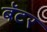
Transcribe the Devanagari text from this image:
बॅटर